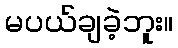
မပယ်ချခဲ့ဘူး။